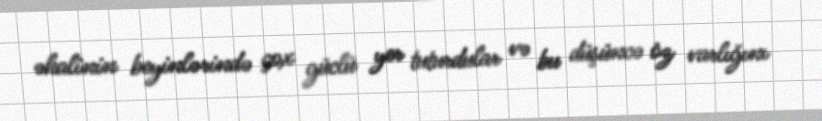
əhalinin beyinlərində çox güclü yer tuturdular və bu düşüncə öz varlığını